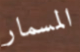
المسمار